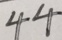
4 4